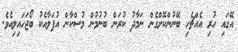
އޭގައި ހުރި އެއްޗެހި ބޭނުންކޮށްގެން ނަމާދު ކުރަން ބުނުމުން މުސްކާން އުފަލާއެކު ބޯޖަހައިލިއެވެ.